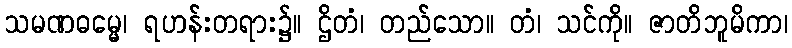
သမဏဓမ္မေ၊ ရဟန်းတရား၌။ ဌိတံ၊ တည်သော။ တံ၊ သင်ကို။ ဇာတိဘူမိကာ၊